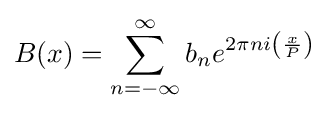
B(x)=\sum _{n=-\infty }^{\infty }b_{n}e^{2\pi ni\left({\frac {x}{P}}\right)}